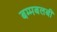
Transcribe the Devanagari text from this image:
बम्मबलबी